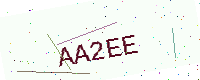
Text: AA2EE